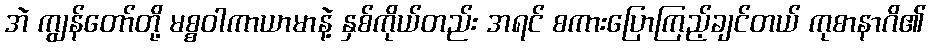
အဲ ကျွန်တော်တို့ မစ္စဝါကာယာမာနဲ့ နှစ်ကိုယ်တည်း အရင် စကားပြောကြည့်ချင်တယ် ကုစာနာဂိ၏